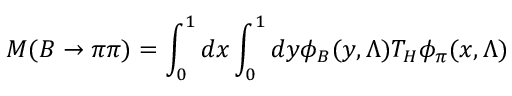
{ \cal M } ( B \to \pi \pi ) = \int _ { 0 } ^ { 1 } d x \int _ { 0 } ^ { 1 } d y \phi _ { B } ( y , \Lambda ) T _ { H } \phi _ { \pi } ( x , \Lambda )